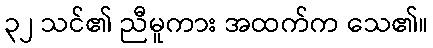
၃၂ သင်၏ ညီမူကား အထက်က သေ၏။